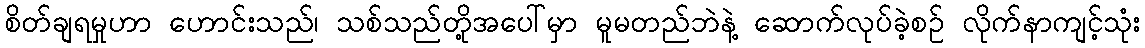
စိတ်ချရမှုဟာ ဟောင်းသည်၊ သစ်သည်တို့အပေါ်မှာ မူမတည်ဘဲနဲ့ ဆောက်လုပ်ခဲ့စဉ် လိုက်နာကျင့်သုံး